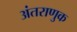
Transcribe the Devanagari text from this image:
अंतराणुक